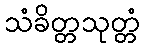
သံခိတ္တသုတ္တံ